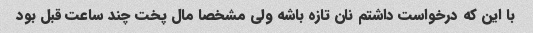
با این که درخواست داشتم نان تازه باشه ولی مشخصا مال پخت چند ساعت قبل بود